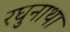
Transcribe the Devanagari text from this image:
रघुनाथा